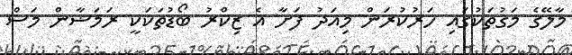
މާލޭގެ މަގުތަކުގައި ހަރުކުރަން މިއަދު ފަށާ އެ ޒިކްރު ބޯޑުތަކަކީ ރަމަޟާން މަސް